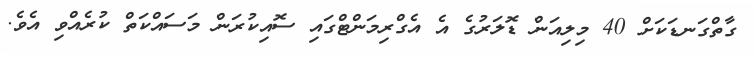
ގާތްގަނޑަކަށް 40 މިލިއަން ޑޮލަރުގެ އެ އެގްރިމަންޓްގައި ސޮއިކުރަން މަސައްކަތް ކުރެއްވި އެވެ.